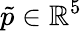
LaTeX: \tilde{p}\in\mathbb{R}^{5}